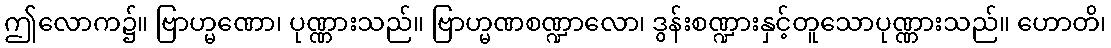
ဤလောက၌။ ဗြာဟ္မဏော၊ ပုဏ္ဏားသည်။ ဗြာဟ္မဏစဏ္ဍာလော၊ ဒွန်းစဏ္ဍားနှင့်တူသောပုဏ္ဏားသည်။ ဟောတိ၊